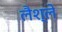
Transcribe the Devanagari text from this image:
लैश्ले